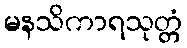
မနသိကာရသုတ္တံ